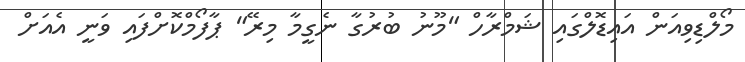
މޯލްޑިވިއަން އައިޑޮލްގައި ޝަމްރާހް "މޫނު ބުރުގާ ނެގީމާ މިރޭ" ޕާފޯމްކޮށްފައި ވަނީ އެއަށް